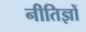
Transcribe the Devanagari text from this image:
नीतिज्ञों